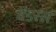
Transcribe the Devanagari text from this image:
वेंडरर्स